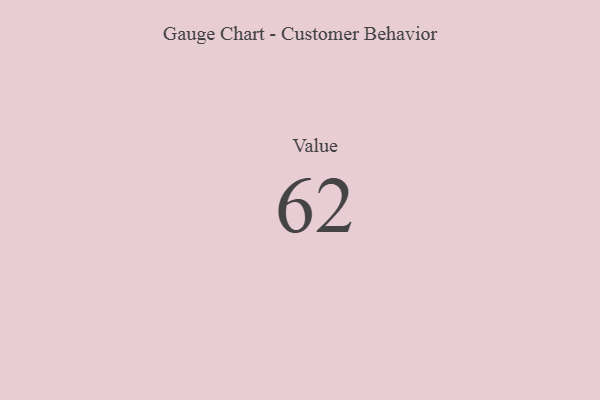
{"axis": {"x": "Metric", "y": "Value"}, "legend": [""], "data": [{"x": "Value", "y": 62, "type": ""}]}